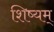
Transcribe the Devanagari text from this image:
शिष्यम्